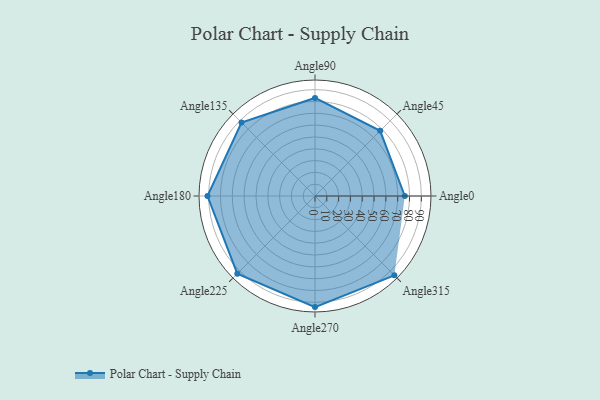
{"axis": {"x": "Angle", "y": "Radius"}, "legend": [""], "data": [{"x": "Angle0", "y": 76.0, "type": ""}, {"x": "Angle45", "y": 78.0, "type": ""}, {"x": "Angle90", "y": 83.0, "type": ""}, {"x": "Angle135", "y": 88.0, "type": ""}, {"x": "Angle180", "y": 91.0, "type": ""}, {"x": "Angle225", "y": 93.0, "type": ""}, {"x": "Angle270", "y": 94.0, "type": ""}, {"x": "Angle315", "y": 95.0, "type": ""}]}